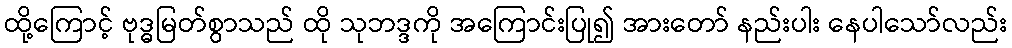
ထို့ကြောင့် ဗုဒ္ဓမြတ်စွာသည် ထို သုဘဒ္ဒကို အကြောင်းပြု၍ အားတော် နည်းပါး နေပါသော်လည်း